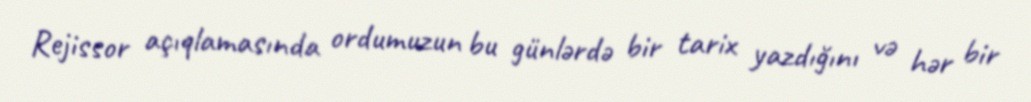
Rejissor açıqlamasında ordumuzun bu günlərdə bir tarix yazdığını və hər bir